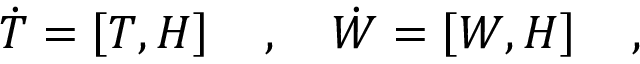
{ \dot { T } } = \left[ T , H \right] \quad , \quad { \dot { W } } = \left[ W , H \right] \quad ,